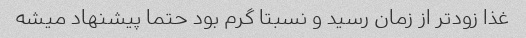
غذا زودتر از زمان رسید و نسبتا گرم بود حتما پیشنهاد میشه